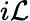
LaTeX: i\mathcal{L}